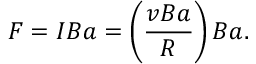
F = I B a = \left( \frac { v B a } { R } \right) B a .